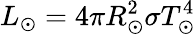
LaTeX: L_{\odot}=4\pi R_{\odot}^{2}\sigma T_{\odot}^{4}